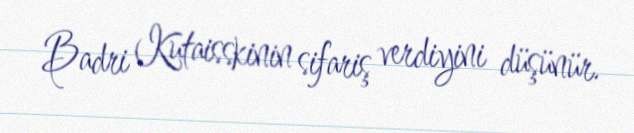
Badri Kutaisskinin sifariş verdiyini düşünür.